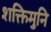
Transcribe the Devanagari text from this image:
शक्तिमुनि